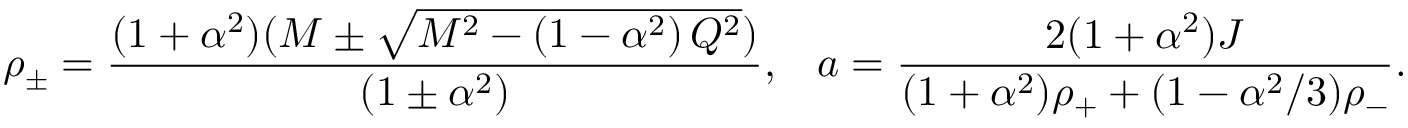
\rho _ { \pm } = \frac { ( 1 + \alpha ^ { 2 } ) ( M \pm \sqrt { M ^ { 2 } - \left( 1 - \alpha ^ { 2 } \right) Q ^ { 2 } } ) } { \left( 1 \pm \alpha ^ { 2 } \right) } , \; \; \; a = \frac { 2 ( 1 + \alpha ^ { 2 } ) J } { ( 1 + \alpha ^ { 2 } ) \rho _ { + } + ( 1 - \alpha ^ { 2 } / 3 ) \rho _ { - } } .